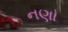
નણા